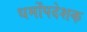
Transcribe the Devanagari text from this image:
धर्मोंपदेशक